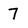
Character: 7